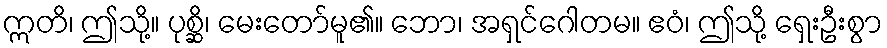
ဣတိ၊ ဤသို့။ ပုစ္ဆိ၊ မေးတော်မူ၏။ ဘော၊ အရှင်ဂေါတမ။ ဧဝံ၊ ဤသို့ ရှေးဦးစွာ